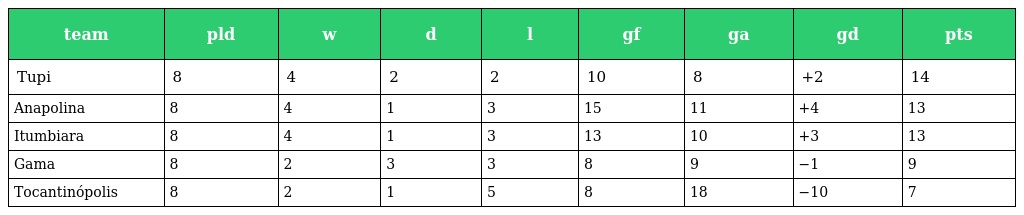
| team | pld | w | d | l | gf | ga | gd | pts |
 | --- | --- | --- | --- | --- | --- | --- | --- | --- |
 | Tupi | 8 | 4 | 2 | 2 | 10 | 8 | +2 | 14 |
 | Anapolina | 8 | 4 | 1 | 3 | 15 | 11 | +4 | 13 |
 | Itumbiara | 8 | 4 | 1 | 3 | 13 | 10 | +3 | 13 |
 | Gama | 8 | 2 | 3 | 3 | 8 | 9 | −1 | 9 |
 | Tocantinópolis | 8 | 2 | 1 | 5 | 8 | 18 | −10 | 7 |